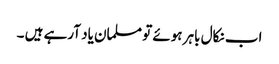
اب نکال باہر ہوئے تو مسلمان یاد آرہے ہیں ۔